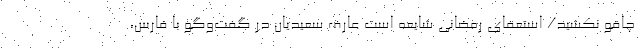
چاقو نکشید/ استعفای رمضانی شایعه است عارف سعیدیان در گفت‌وگو با فارس،